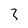
Character: 3